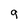
Character: 9